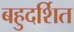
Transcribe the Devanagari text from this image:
बहुदर्शित